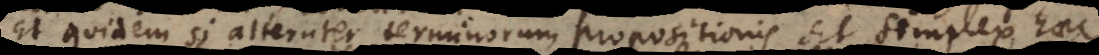
Et quidem si alteruter terminorum propositionis sit simplex haec